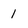
Character: 1